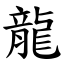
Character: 龍